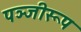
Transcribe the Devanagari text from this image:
पञ्जीरूप